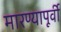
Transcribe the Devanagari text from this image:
मारण्यापूर्वी